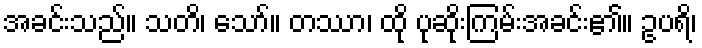
အခင်းသည်။ သတိ၊ သော်။ တဿာ၊ ထို ပုဆိုးကြမ်းအခင်း၏။ ဥပရိ၊